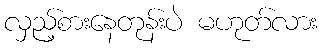
လှည့်စားနေတုန်းပဲ မဟုတ်လား